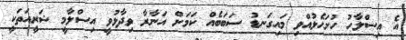
އެ އިސްލާހު ހުށަހެޅުއްވި މައިގަނޑު ސަބަބެއް ކަމަށް އަނާރާ ވިދާޅުވީ އިސްލާމީ ޝަރީއަތަކީ